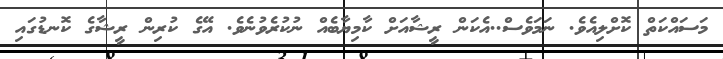
މަސައްކަތް ކޮޮށްލިއެވެ. ނަމަވެސް..އެކަަން ރީޝާއަށް ކާމިޔާބެއް ނުކުރެވުނެވެ. އޭގެ ކުރިން ރީޝާގެ ކޮނޑުގައި